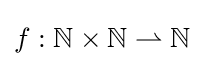
f:\mathbb {N} \times \mathbb {N} \rightharpoonup \mathbb {N}